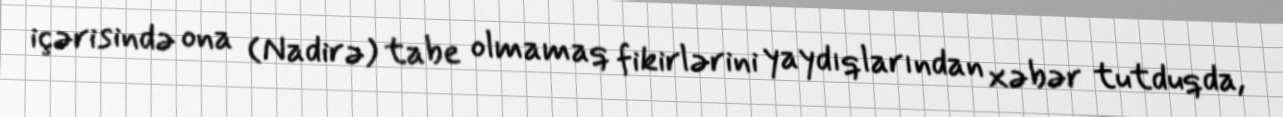
içərisində ona (Nadirə) tabe olmamaq fikirlərini yaydıqlarından xəbər tutduqda,